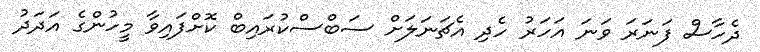
ދެހާސް ފަނަރަ ވަނަ އަހަރު ހެދި އެޗަނަލަށް ސަބްސްކުރައިބް ކޮށްފައިވާ މީހުންގެ އަދަދު